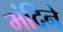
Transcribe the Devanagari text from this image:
मंदिने